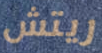
ريتش